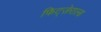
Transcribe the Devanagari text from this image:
फिट्ज़ेराल्ड